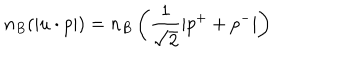
n _ { B } ( | u \cdot p | ) = n _ { B } \left( \frac { 1 } { \sqrt { 2 } } | p ^ { + } + p ^ { - } | \right)